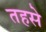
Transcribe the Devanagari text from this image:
तहसे